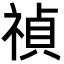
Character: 禎